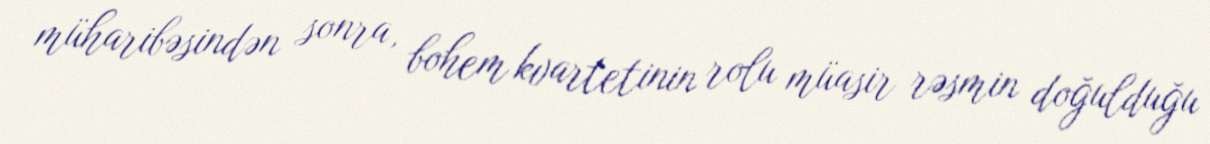
müharibəsindən sonra, bohem kvartetinin rolu müasir rəsmin doğulduğu